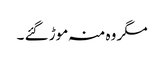
مگر وہ منہ موڑ گئے ۔